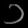
Digit: ၁